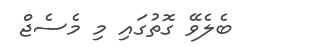
ބެލެވޭ ގޮތުގައި މި މެސެޖް